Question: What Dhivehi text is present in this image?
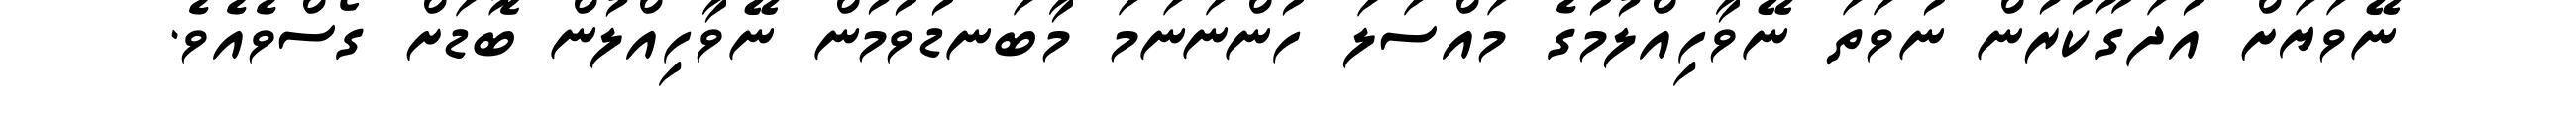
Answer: ނޭވަޔަށް އުދަގޫކުރުން ނުވަތަ ނޭވާހިއްލުމުގެ މައްސަލަ ހުންނަނަމަ މާބަނޑުވުމުން ނޭވާހިއްލުން ބޮޑަށް ގޯސްވެއެވެ.